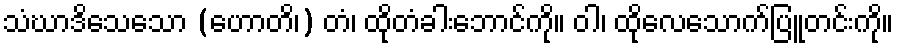
သံဃာဒိသေသော (ဟောတိ၊) တံ၊ ထိုတံခါးဘောင်ကို။ ဝါ၊ ထိုလေသောက်ပြူတင်းကို။